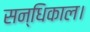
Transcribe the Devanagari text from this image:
सन्धिकाल।